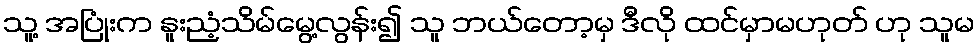
သူ့ အပြုံးက နူးညံ့သိမ်မွေ့လွန်း၍ သူ ဘယ်တော့မှ ဒီလို ထင်မှာမဟုတ် ဟု သူမ